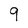
Character: 9